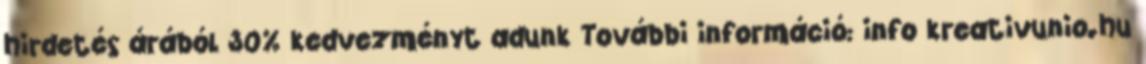
hirdetés árából 30% kedvezményt adunk További információ: info kreativunio.hu